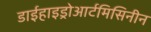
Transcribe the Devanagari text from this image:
डाईहाइड्रोआर्टमिसिनीन